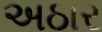
અઠાર